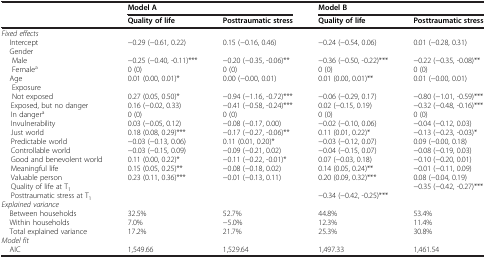
<table><thead><tr><td><b> </b></td><td><b>Model A</b></td><td><b> </b></td><td><b>Model B</b></td><td><b> </b></td></tr></thead><tbody><tr><td> </td><td><b>Quality of life</b></td><td><b>Posttraumatic stress</b></td><td><b>Quality of life</b></td><td><b>Posttraumatic stress</b></td></tr><tr><td><i>Fixed effects</i></td><td> </td><td> </td><td> </td><td> </td></tr><tr><td> Intercept</td><td>−0.29 (−0.61, 0.22)</td><td>0.15 (−0.16, 0.46)</td><td>−0.24 (−0.54, 0.06)</td><td>0.01 (−0.28, 0.31)</td></tr><tr><td> Gender</td><td> </td><td> </td><td> </td><td> </td></tr><tr><td>Male</td><td>−0.25 (−0.40, -0.11)***</td><td>−0.20 (−0.35, -0.06)**</td><td>−0.36 (−0.50, -0.22)***</td><td>−0.22 (−0.35, -0.08)**</td></tr><tr><td>Female<sup>a</sup></td><td>0 (0)</td><td>0 (0)</td><td>0 (0)</td><td>0 (0)</td></tr><tr><td> Age</td><td>0.01 (0.00, 0.01)*</td><td>0.00 (−0.00, 0.01)</td><td>0.01 (0.00, 0.01)**</td><td>0.01 (−0.00, 0.01)</td></tr><tr><td>Exposure</td><td> </td><td> </td><td> </td><td> </td></tr><tr><td>Not exposed</td><td>0.27 (0.05, 0.50)*</td><td>−0.94 (−1.16, -0.72)***</td><td>−0.06 (−0.29, 0.17)</td><td>−0.80 (−1.01, -0.59)***</td></tr><tr><td>Exposed, but no danger</td><td>0.16 (−0.02, 0.33)</td><td>−0.41 (−0.58, -0.24)***</td><td>0.02 (−0.15, 0.19)</td><td>−0.32 (−0.48, -0.16)***</td></tr><tr><td>In danger<sup>a</sup></td><td>0 (0)</td><td>0 (0)</td><td>0 (0)</td><td>0 (0)</td></tr><tr><td>Invulnerability</td><td>0.03 (−0.05, 0.12)</td><td>−0.08 (−0.17, 0.00)</td><td>−0.02 (−0.10, 0.06)</td><td>−0.04 (−0.12, 0.03)</td></tr><tr><td>Just world</td><td>0.18 (0.08, 0.29)***</td><td>−0.17 (−0.27, -0.06)**</td><td>0.11 (0.01, 0.22)*</td><td>−0.13 (−0.23, -0.03)*</td></tr><tr><td>Predictable world</td><td>−0.03 (−0.13, 0.06)</td><td>0.11 (0.01, 0.20)*</td><td>−0.03 (−0.12, 0.07)</td><td>0.09 (−0.00, 0.18)</td></tr><tr><td>Controllable world</td><td>−0.03 (−0.15, 0.09)</td><td>−0.09 (−0.21, 0.02)</td><td>−0.04 (−0.15, 0.07)</td><td>−0.08 (−0.19, 0.03)</td></tr><tr><td>Good and benevolent world</td><td>0.11 (0.00, 0.22)*</td><td>−0.11 (−0.22, -0.01)*</td><td>0.07 (−0.03, 0.18)</td><td>−0.10 (−0.20, 0.01)</td></tr><tr><td>Meaningful life</td><td>0.15 (0.05, 0.25)**</td><td>−0.08 (−0.18, 0.02)</td><td>0.14 (0.05, 0.24)**</td><td>−0.01 (−0.11, 0.09)</td></tr><tr><td>Valuable person</td><td>0.23 (0.11, 0.36)***</td><td>−0.01 (−0.13, 0.11)</td><td>0.20 (0.09, 0.32)***</td><td>0.08 (−0.04, 0.19)</td></tr><tr><td>Quality of life at T<sub>1</sub></td><td> </td><td> </td><td> </td><td>−0.35 (−0.42, -0.27)***</td></tr><tr><td>Posttraumatic stress at T<sub>1</sub></td><td> </td><td> </td><td>−0.34 (−0.42, -0.25)***</td><td> </td></tr><tr><td><i>Explained variance</i></td><td> </td><td> </td><td> </td><td> </td></tr><tr><td> Between households</td><td>32.5%</td><td>52.7%</td><td>44.8%</td><td>53.4%</td></tr><tr><td> Within households</td><td>7.0%</td><td>−5.0%</td><td>12.3%</td><td>11.4%</td></tr><tr><td> Total explained variance</td><td>17.2%</td><td>21.7%</td><td>25.3%</td><td>30.8%</td></tr><tr><td><i>Model fit</i></td><td> </td><td> </td><td> </td><td> </td></tr><tr><td> AIC</td><td>1,549.66</td><td>1,529.64</td><td>1,497.33</td><td>1,461.54</td></tr></tbody></table>